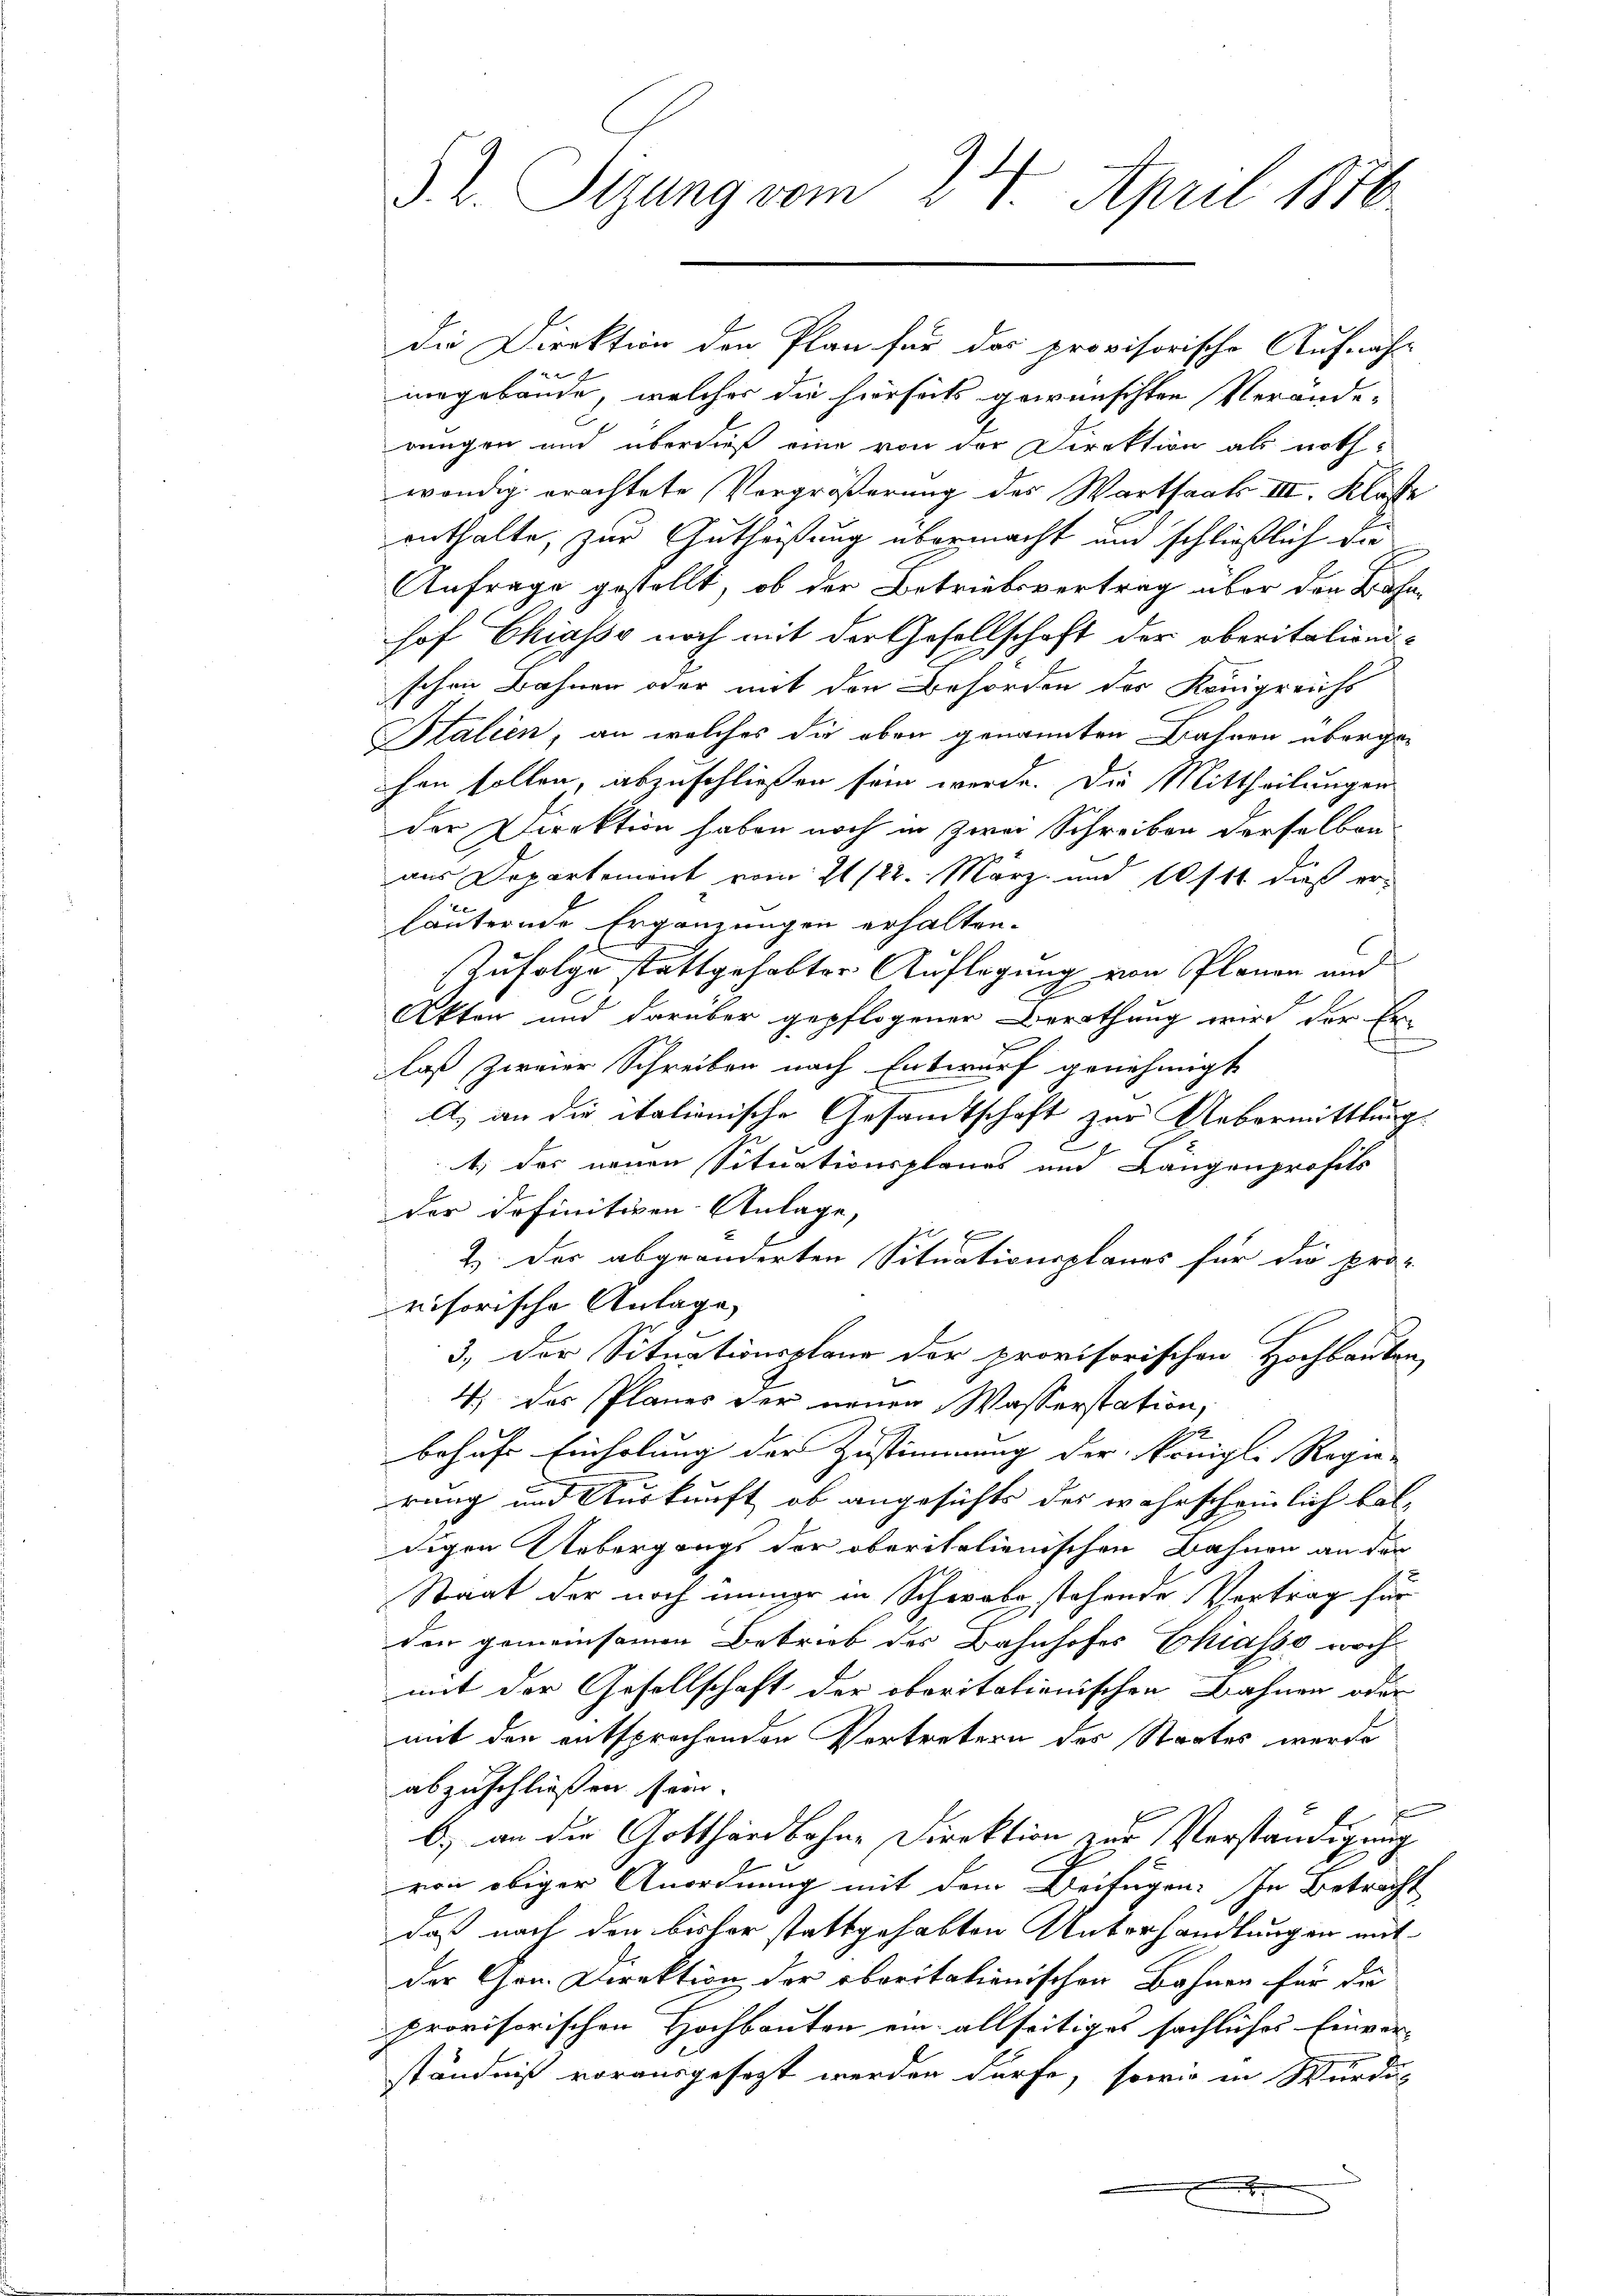
3. 2. Sizung vom 24. April 1876

die Direktion den Plan für das provisorische Aufnah
nogebäude, welcher die hierseits gewünschten Veränderungen und überdieß eine von der Direktion als noth-
wendig erachtete Vorgrößerung des Warthaak III. Klöste
enthalte, zur Gutheißung übermacht und schließlich die
Anfrage gestellt, ob der Betriebsvertrag über den Bahnhof Chiasso noch mit der Gesellschaft der oberitalionischen Bahnen oder mit den Behörden des Königreichs
Italien an welches die oben genannten Bahnen übergehen sollen, abzuschließen sein werde. Die Mittheilungen
der Direktion haben noch in zwei Schreiben derselben
aus Departemont vom 21/22. März und 10/11 dieß er-
häuternde Ergänzungen erhalten.
Zufolge stattgehabter Auflegung von Planen und
Akten und darüber gepflogener Berathung wird der Er-
.
laß zweier Schreiben nach Entwurf genehmigt
A. an die italionische Gesamtschaft zur Uebermittlungs
1; das neuen Situationsplanes und Längenprofits
der definitiven Anlage,
2.) Der abgeänderten Situationsplanes für die pro-
visorische Anlage,
3., der Situationsplane der provisorischen Hochbauten
4) des Planes der neuen Wasserstation,
behufs Einholung der Zustimmung der Königl. Regie-
rung und Auskunft, ob angesichts des wahrscheinlich bal
digen Uebergangs der oberitalienischen Bahnen an der
Staat der noch immer in Schwabe stehende Vortrag für
den gemeinsamen Betrieb der Bahnhofes Chiasso noch-
mit der Gesellschaft der oberitationischen Bahnen oder
mit den entsprechenden Vertretern des Staates werde
abzuschließen sein.
e
b.) an der Gotthardsohne Direktion zur Verständigung
von obiger Anordnung mit dem Beifügen: In Betracht
daß nach den bisher stattgehabten Unterhandlungen mit
der Gen. Direktion der oboritalienischen Bahnen für die
provisorischen Hochbauten ein allseitiges sächliches Einver-
ständniß vorausgesezt werden dürfe, sowie in Würde,